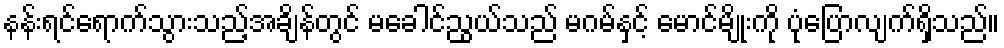
နန်းရင်ရောက်သွားသည့်အချိန်တွင် မခေါင်ညွယ်သည် မဂမ်နှင့် မောင်မျိုးကို ပုံပြောလျက်ရှိသည်။